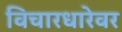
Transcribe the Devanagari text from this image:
विचारधारेवर